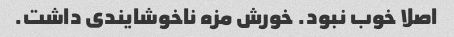
اصلا خوب نبود. خورش مزه ناخوشایندی داشت.